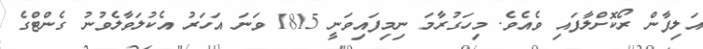
އަލިފާން ރޯކޮށްލާފައި ވެއެވެ. މިހަގުރާމަ ނިމިފައިވަނީ 1815 ވަނަ އަހަރު އެކުލަވާލެވުނު ގެންޓްގެ